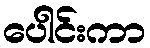
ပေါင်းကာ